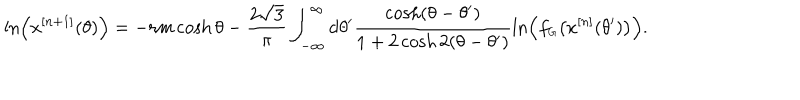
LaTeX: \ln \left( x ^ { [ n + 1 ] } ( \theta ) \right) = - r m \cosh \theta - \frac { 2 \sqrt { 3 } } { \pi } \int _ { - \infty } ^ { \infty } \mathrm { d } \theta ^ { \prime } \frac { \cosh ( \theta - \theta ^ { \prime } ) } { 1 + 2 \cosh 2 ( \theta - \theta ^ { \prime } ) } \ln \left( f _ { \scriptscriptstyle G } \bigl ( x ^ { [ n ] } ( \theta ^ { \prime } ) \bigr ) \right) .